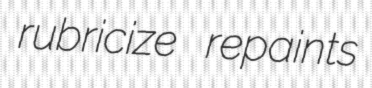
rubricize repaints